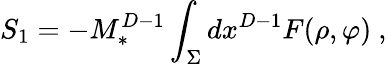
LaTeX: S_{1}=-M_{*}^{D-1}\int_{\Sigma}dx^{D-1}F(\rho,\varphi)~,